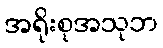
အရိုးစုအသုဘ